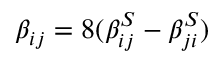
\beta _ { i j } = 8 ( \beta _ { i j } ^ { S } - \beta _ { j i } ^ { S } )